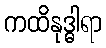
ကထိနုဒ္ဓါရာ